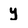
Character: y